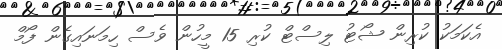
އެކަމަކު ކުރިން ޝޯޓު ލިސްޓް ކުރި 15 މީހުން ވެސް ހިމަނައިގެން ފޯމް